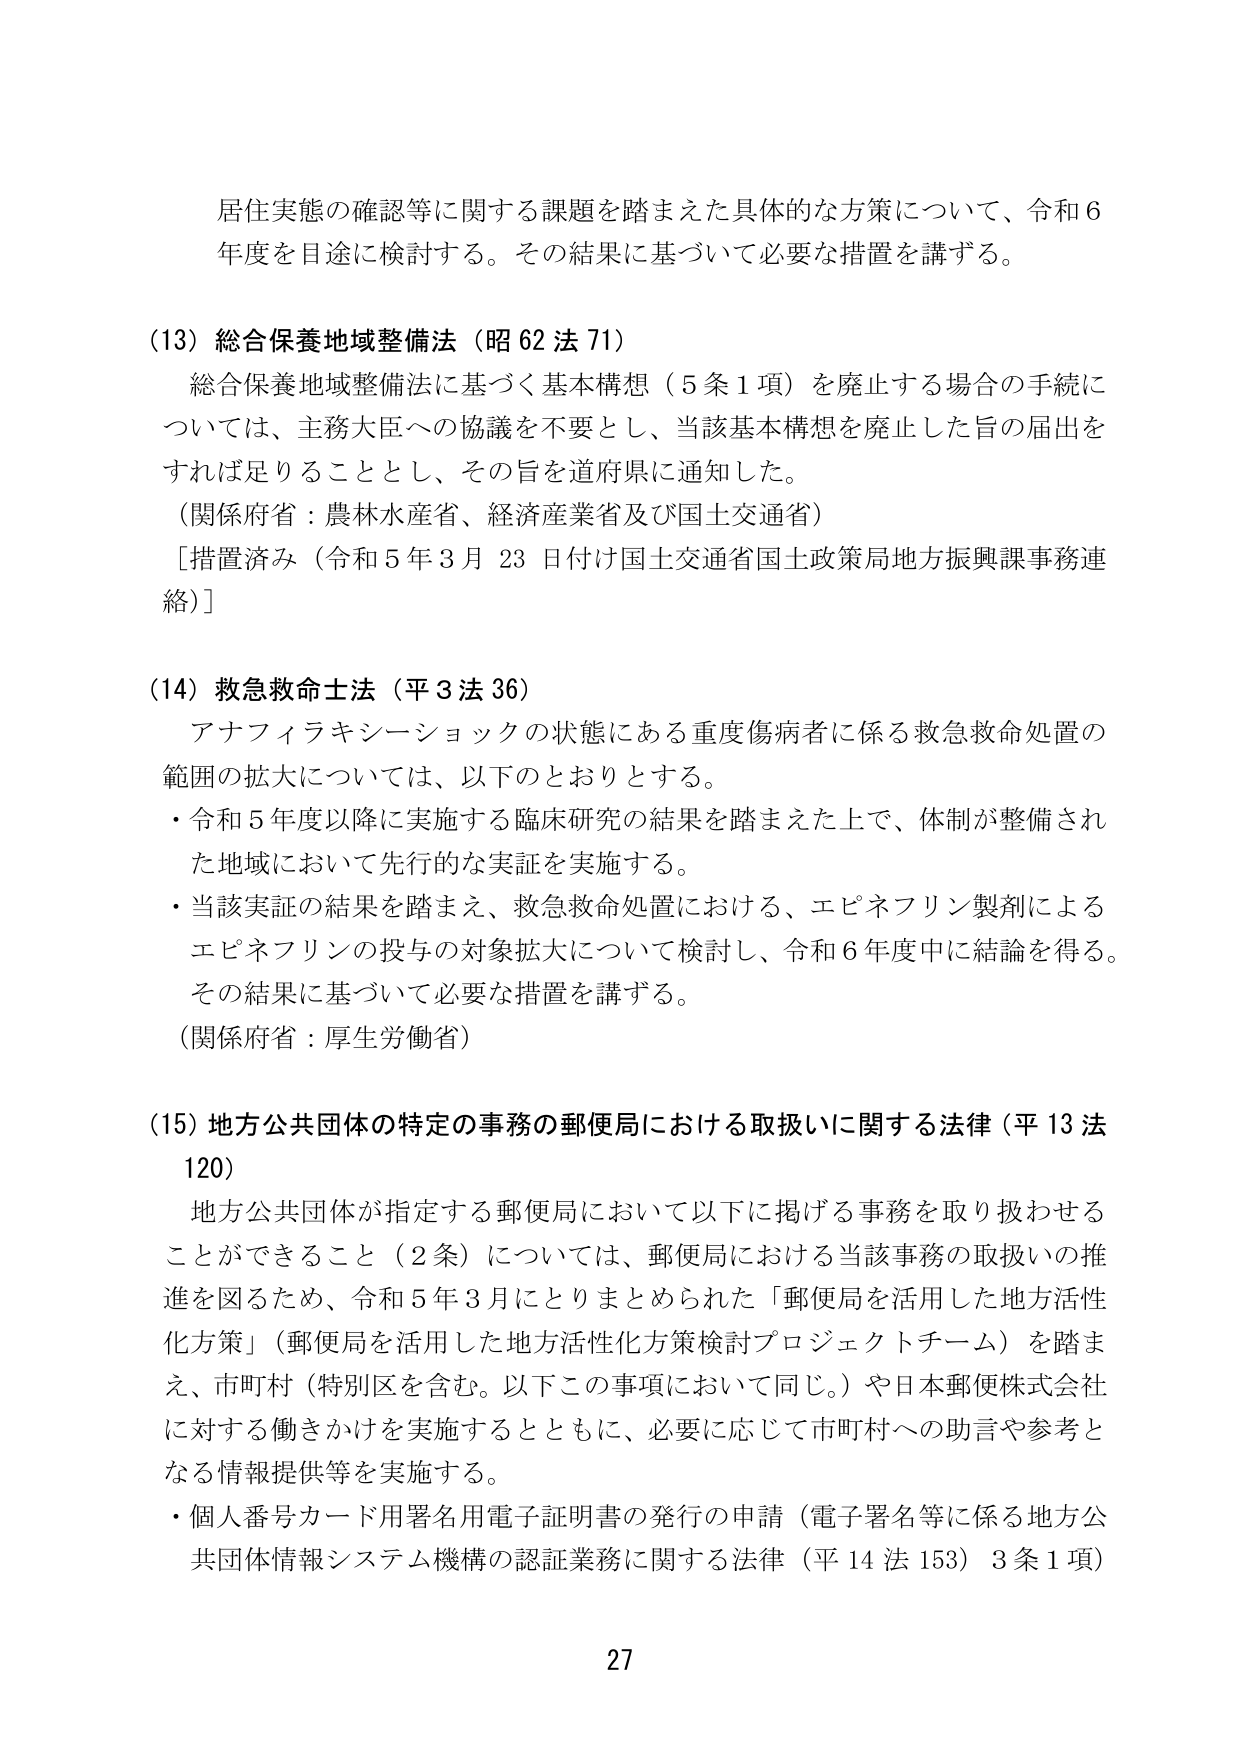
居住実態の確認等に関する課題を踏まえた具体的な方策について、令和６年度を目途に検討する。その結果に基づいて必要な措置を講ずる。

(13) 総合保養地域整備法（昭62法71）
　総合保養地域整備法に基づく基本構想（5条1項）を廃止する場合の手続については、主務大臣への協議を不要とし、当該基本構想を廃止した旨の届出をすれば足りることとし、その旨を道府県に通知した。
（関係府省：農林水産省、経済産業省及び国土交通省）
［措置済み（令和5年3月23日付け国土交通省国土政策局地方振興課事務連絡）］

(14) 救急救命士法（平3法36）
　アナフィラキシーショックの状態にある重度傷病者に係る救急救命処置の範囲の拡大については、以下のとおりとする。
・令和5年度以降に実施する臨床研究の結果を踏まえた上で、体制が整備された地域において先行的な実証を実施する。
・当該実証の結果を踏まえ、救急救命処置における、エピネフリン製剤によるエピネフリンの投与の対象拡大について検討し、令和6年度中に結論を得る。その結果に基づいて必要な措置を講ずる。
（関係府省：厚生労働省）

(15) 地方公共団体の特定の事務の郵便局における取扱いに関する法律（平13法120）
　地方公共団体が指定する郵便局において以下に掲げる事務を取り扱わせることができる（2条）については、郵便局における当該事務の取扱いの推進を図るため、令和5年3月にとりまとめられた「郵便局を活用した地方活性化方策」（郵便局を活用した地方活性化方策検討プロジェクトチーム）を踏まえ、市町村（特別区を含む。以下この事項において同じ。）や日本郵便株式会社に対する働きかけを実施するとともに、必要に応じて市町村への助言や参考となる情報提供等を実施する。
・個人番号カード用署名用電子証明書の発行の申請（電子署名等に係る地方公共団体情報システム機構の認証業務に関する法律（平14法153）3条1項）

27